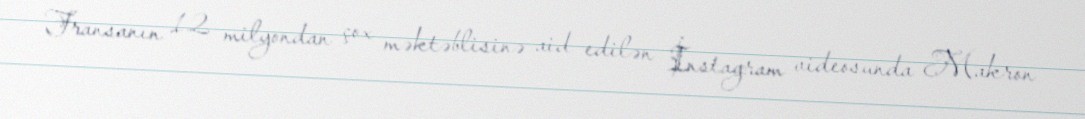
Fransanın 12 milyondan çox məktəblisinə aid edilən İnstagram videosunda Makron